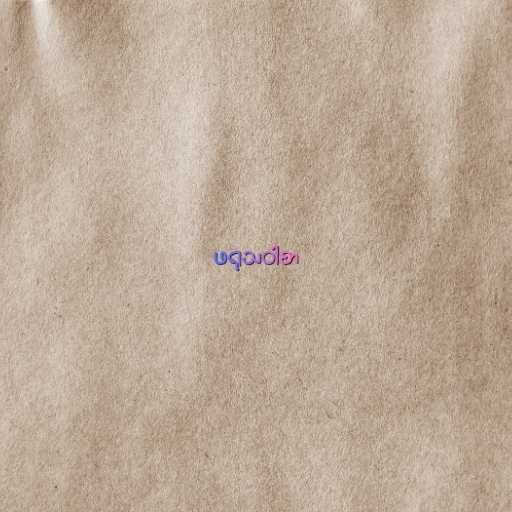
ဖရုသဝါစာ